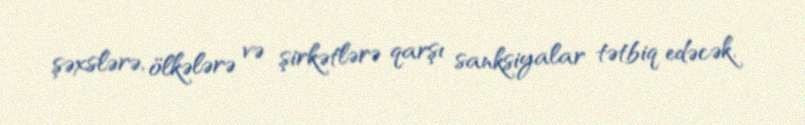
şəxslərə, ölkələrə və şirkətlərə qarşı sanksiyalar tətbiq edəcək.